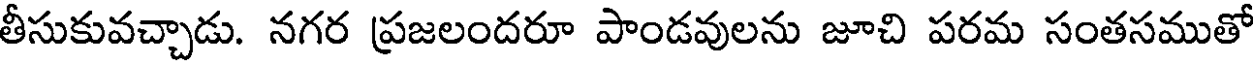
తీసుకువచ్చాడు. నగర ప్రజలందరూ పాండవులను జూచి పరమ సంతసముతో